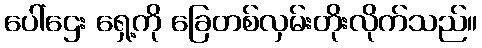
ပေါ်ဌေး ရှေ့ကို ခြေတစ်လှမ်းတိုးလိုက်သည်။